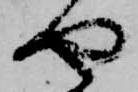
や